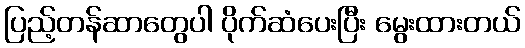
ပြည့်တန်ဆာတွေပါ ပိုက်ဆံပေးပြီး မွေးထားတယ်